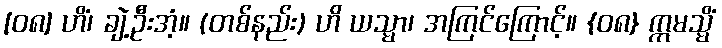
[၀၈] ဟိံ၊ ချဲ့ဦးအံ့။ (တစ်နည်း) ဟိ ယသ္မာ၊ အကြင်ကြောင့်။ {၀၈} ဣမသ္မိံ